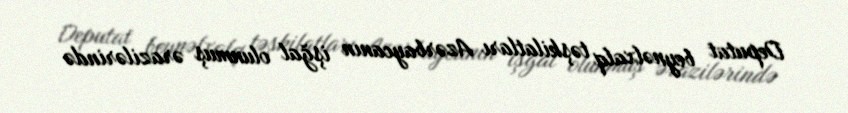
Deputat beynəlxalq təşkilatları Azərbaycanın işğal olunmuş ərazilərində